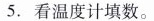
5.看温度计填数。